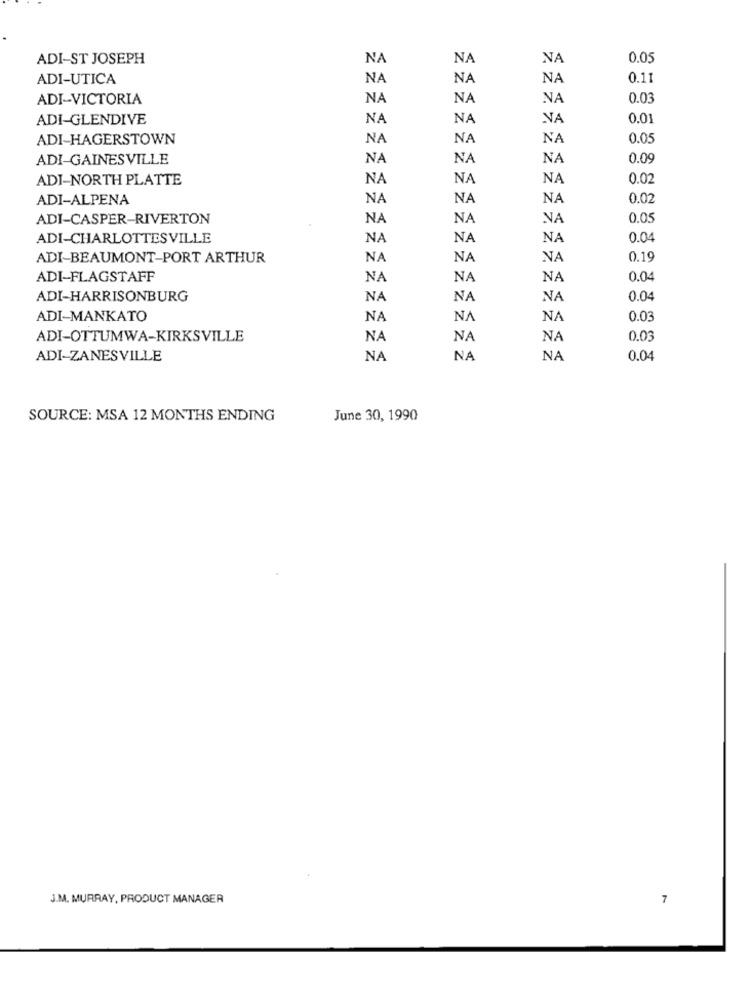
ADI-ST JOSEPH
NA
NA
NA
0.05
ADI-UTICA
NA
NA
NA
0.11
ADI-VICTORIA
NA
NA
NA
0.03
ADI-GLENDIVE
NA
NA
NA
0.01
ADI-HAGERSTOWN
NA
NA
NA
0.05
ADI-GAINESVILLE
NA
NA
NA
0.09
ADI-NORTH PLATTE
NA
NA
NA
0.02
ADI-ALPENA
NA
NA
NA
0.02
ADI-CASPER-RIVERTON
NA
NA
NA
0.05
ADI-CHARLOTTESVILLE
NA
NA
NA
0.04
ADI-BEAUMONT-PORT ARTHUR
NA
NA
NA
0.19
ADI-FLAGSTAFF
NA
NA
NA
0.04
ADI-HARRISONBURG
NA
NA
NA
0.04
ADI-MANKATO
NA
NA
NA
0.03
ADI-OTTUMWA-KIRKSVILLE
NA
NA
NA
0.03
ADI-ZANESVILLE
NA
NA
NA
0.04
SOURCE: MSA 12 MONTHS ENDING
June 30, 1990
J.M. MURRAY, PRODUCT MANAGER
7